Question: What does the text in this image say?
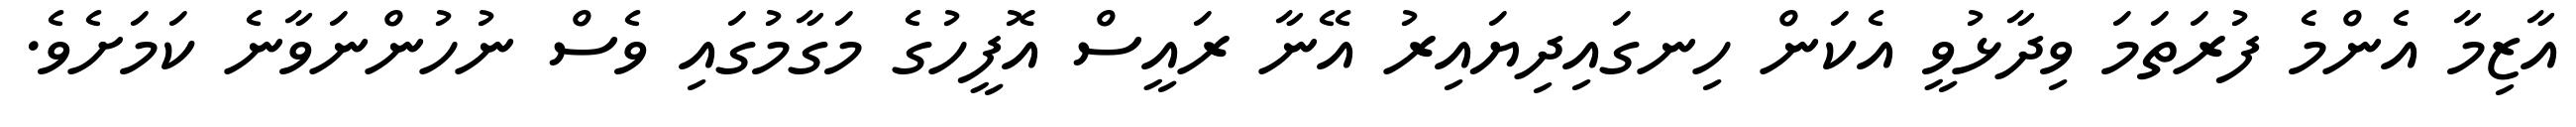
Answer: އާޒިމާ އެންމެ ފުރަތަމަ ވިދާޅުވީ އެކަން ހިނގައިދިޔައިރު އޭނާ ރައީސް އޮފީހުގެ މަގާމުގައި ވެސް ނުހުންނަވާނެ ކަމަށެވެ.